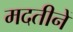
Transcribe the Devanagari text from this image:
मदतीनें